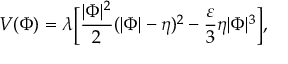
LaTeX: V ( \Phi ) = \lambda \Bigl [ { \frac { | \Phi | ^ { 2 } } { 2 } } ( | \Phi | - \eta ) ^ { 2 } - \frac { \varepsilon } { 3 } { \eta } | \Phi | ^ { 3 } \Bigr ] ,